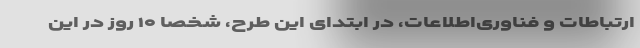
ارتباطات و فناوری‌اطلاعات، در ابتدای این طرح، شخصاً ۱۰ روز در این